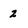
Character: 2